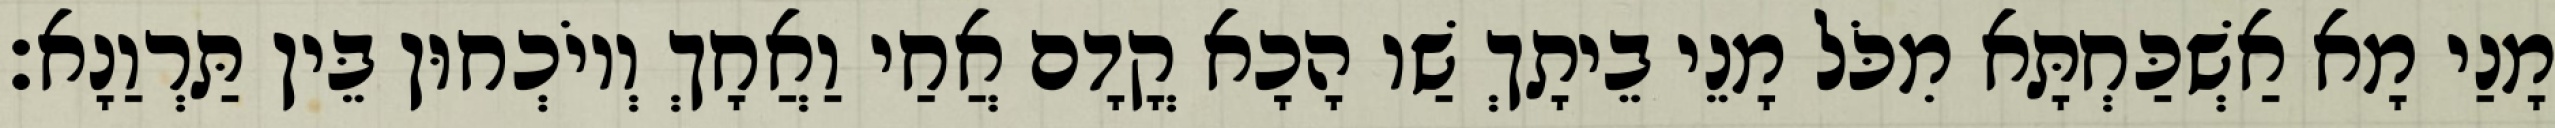
מָנַי מָא אַשְׁכַּחְתָּא מִכֹּל מָנֵי בֵיתָךְ שַׁו הָכָא קֳדָם אֲחַי וַאֲחָךְ וְיוֹכְחוּן בֵּין תַּרְוַנָא׃